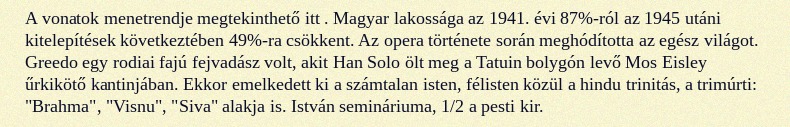
A vonatok menetrendje megtekinthető itt . Magyar lakossága az 1941. évi 87%-ról az 1945 utáni kitelepítések következtében 49%-ra csökkent. Az opera története során meghódította az egész világot. Greedo egy rodiai fajú fejvadász volt, akit Han Solo ölt meg a Tatuin bolygón levő Mos Eisley űrkikötő kantinjában. Ekkor emelkedett ki a számtalan isten, félisten közül a hindu trinitás, a trimúrti: "Brahma", "Visnu", "Siva" alakja is. István semináriuma, 1/2 a pesti kir.